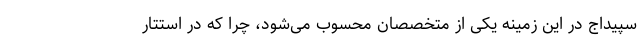
سپیداج در این زمینه یکی از متخصصان محسوب می‌شود، چرا که در استتار